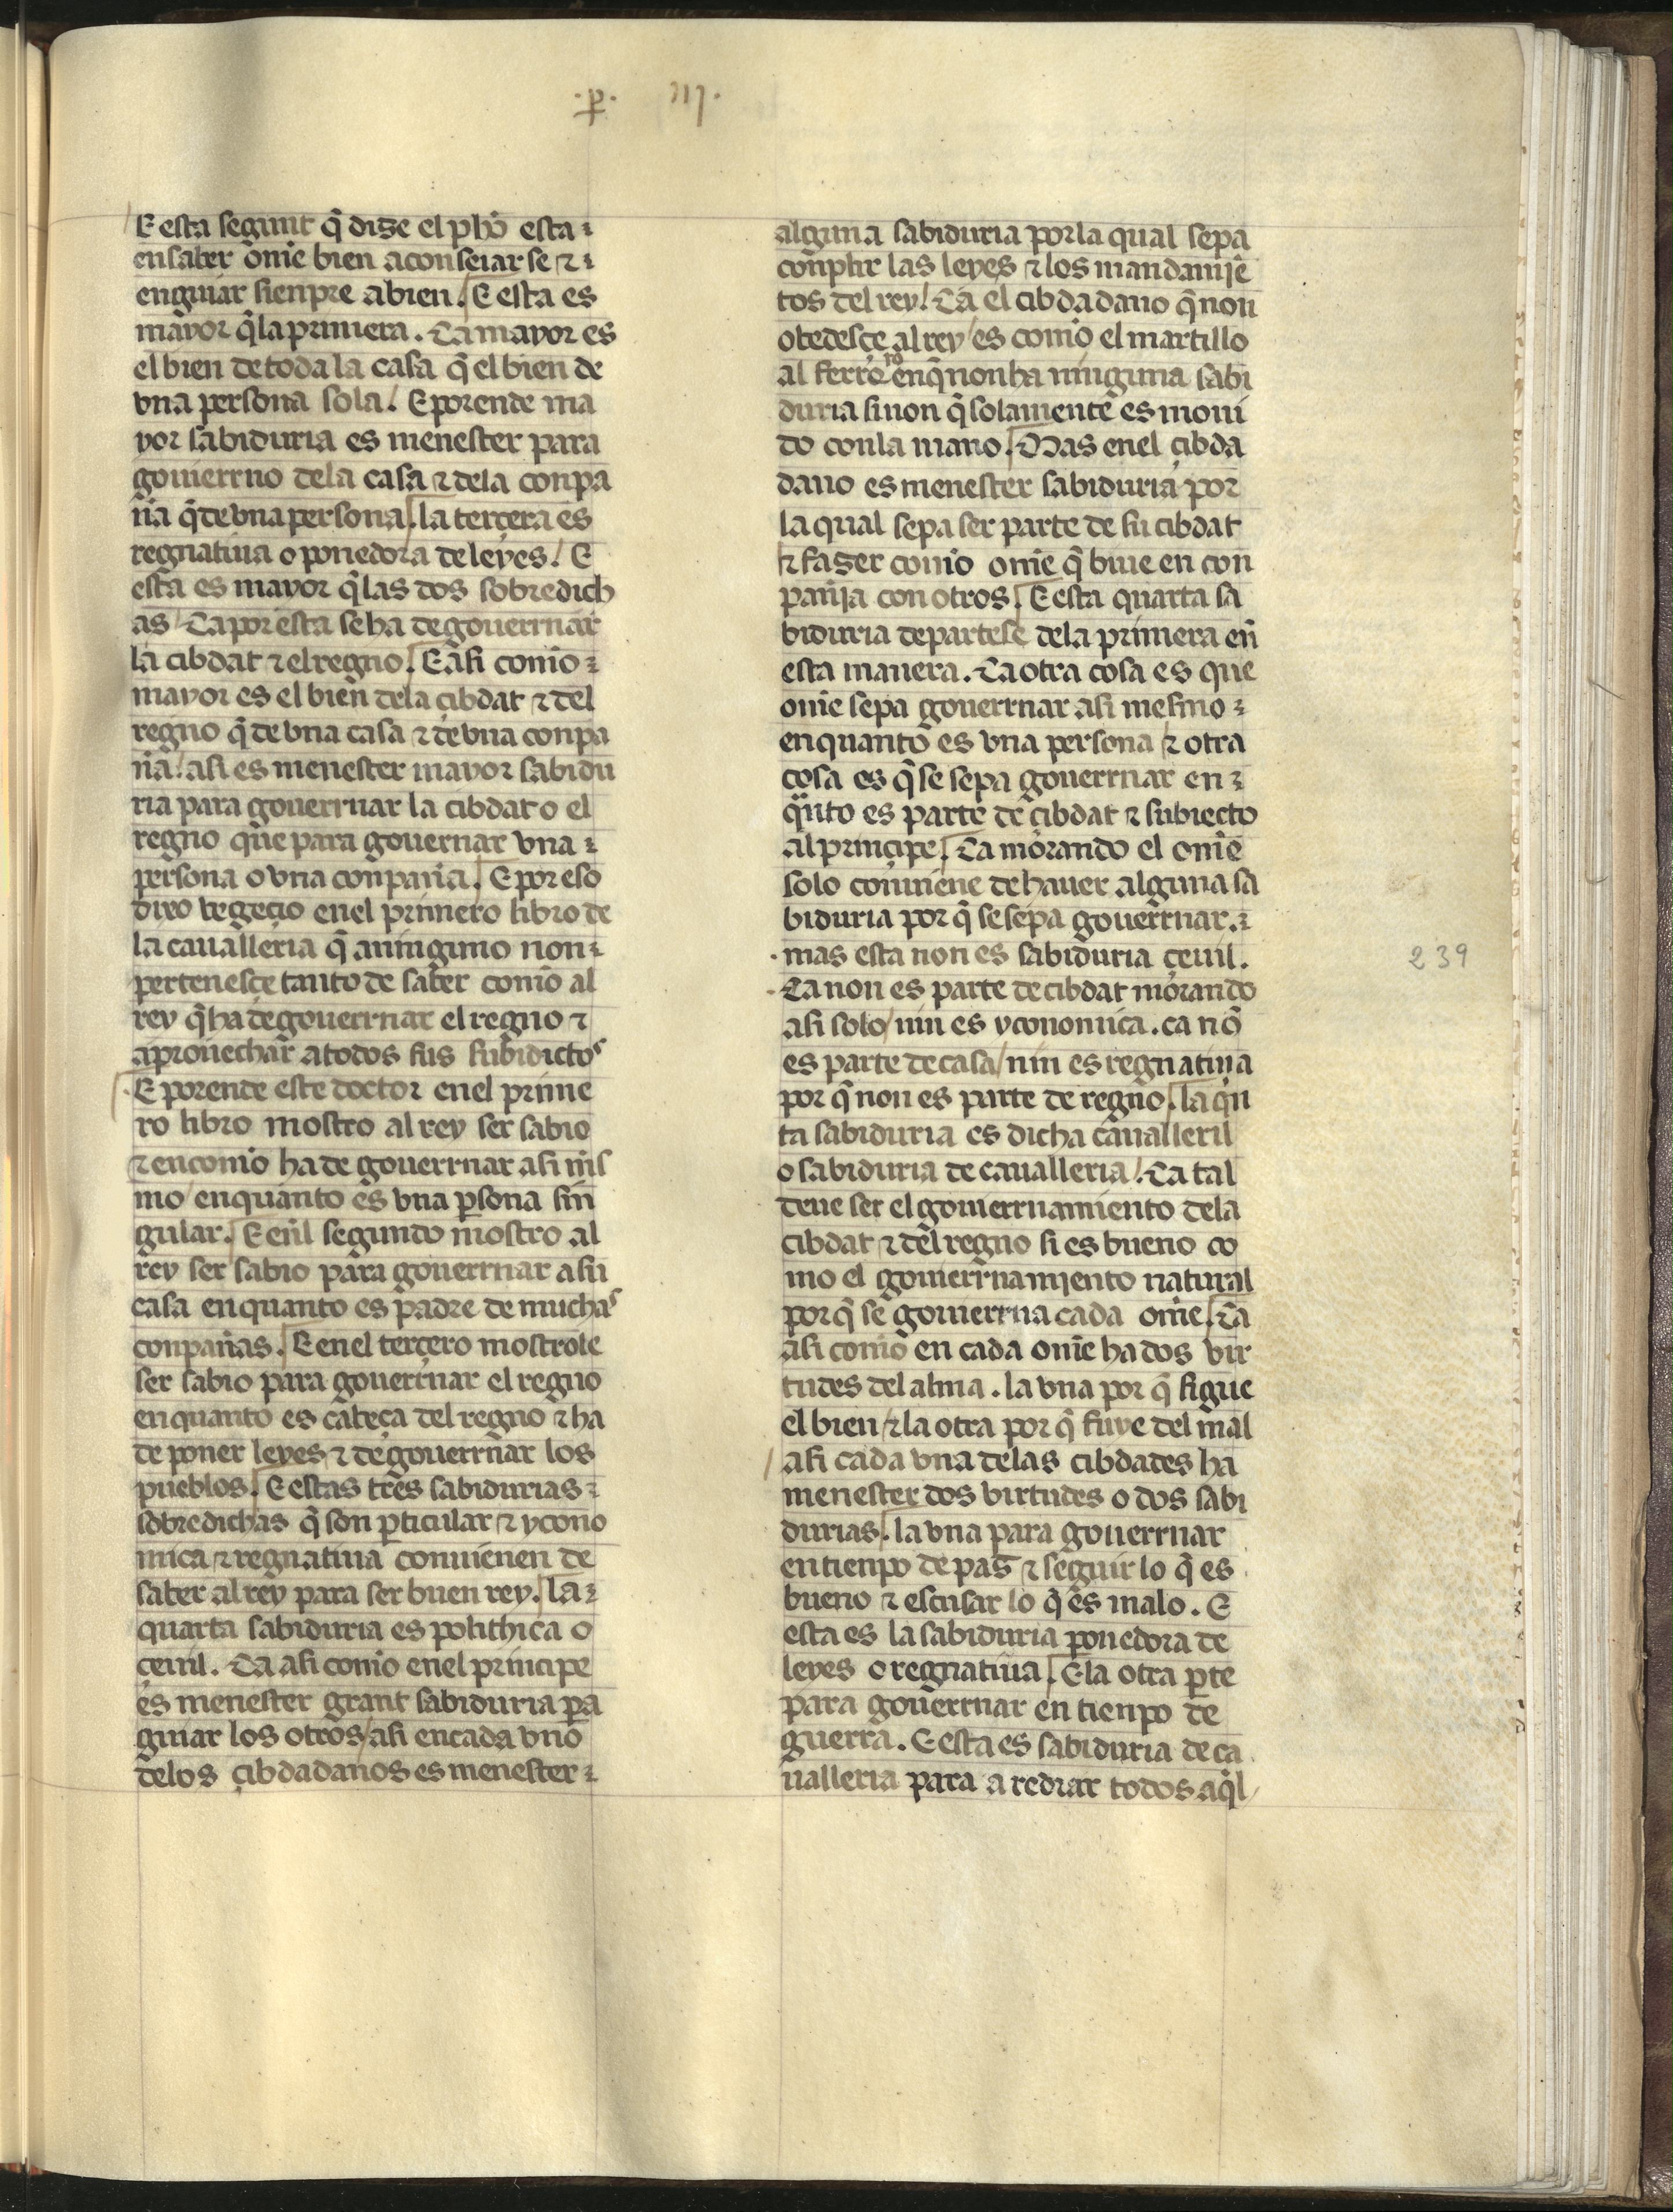
Shelfmark: Madrid, Fundación Lázaro Galdiano, mss 289
Century: 15